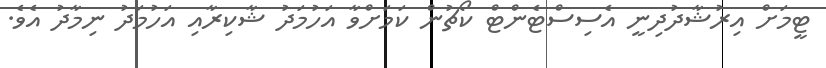
ޓީމަށް އިރުޝާދުދިނީ އެސިސްޓެންޓް ކޯޗުން ކަމަށްވާ އަހުމަދު ޝާކިރާއި އަހުމަދު ނިމާދު އެވެ.